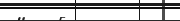
١٠٢